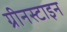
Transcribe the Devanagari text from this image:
ग्रीनस्टाइन